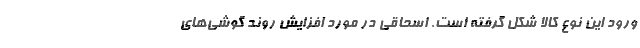
ورود این نوع کالا شکل گرفته است. اسحاقی در مورد افزایش روند گوشی‌های